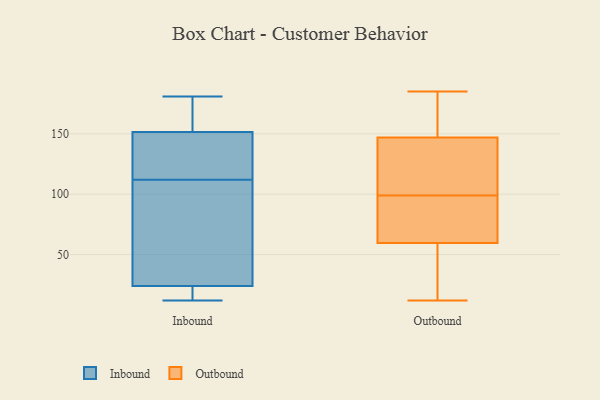
{"axis": {"x": "LTV (USD)", "y": "Value"}, "legend": ["Inbound", "Outbound"], "data": [{"x": "", "y": 33, "type": "Inbound"}, {"x": "", "y": 181, "type": "Inbound"}, {"x": "", "y": 154, "type": "Inbound"}, {"x": "", "y": 113, "type": "Inbound"}, {"x": "", "y": 140, "type": "Inbound"}, {"x": "", "y": 156, "type": "Inbound"}, {"x": "", "y": 111, "type": "Inbound"}, {"x": "", "y": 12, "type": "Inbound"}, {"x": "", "y": 149, "type": "Inbound"}, {"x": "", "y": 13, "type": "Inbound"}, {"x": "", "y": 104, "type": "Inbound"}, {"x": "", "y": 15, "type": "Inbound"}, {"x": "", "y": 185, "type": "Outbound"}, {"x": "", "y": 107, "type": "Outbound"}, {"x": "", "y": 167, "type": "Outbound"}, {"x": "", "y": 173, "type": "Outbound"}, {"x": "", "y": 127, "type": "Outbound"}, {"x": "", "y": 56, "type": "Outbound"}, {"x": "", "y": 67, "type": "Outbound"}, {"x": "", "y": 32, "type": "Outbound"}, {"x": "", "y": 63, "type": "Outbound"}, {"x": "", "y": 97, "type": "Outbound"}, {"x": "", "y": 101, "type": "Outbound"}, {"x": "", "y": 12, "type": "Outbound"}]}